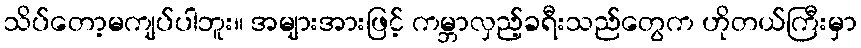
သိပ်တော့မကျပ်ပါဘူး။ အများအားဖြင့် ကမ္ဘာလှည့်ခရီးသည်တွေက ဟိုတယ်ကြီးမှာ